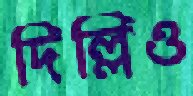
দিল্লিও